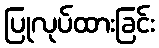
ပြုလုပ်ထားခြင်း